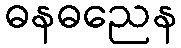
ဓနဓညေန